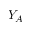
Y _ { A }